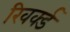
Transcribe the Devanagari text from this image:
रिवर्क्ड